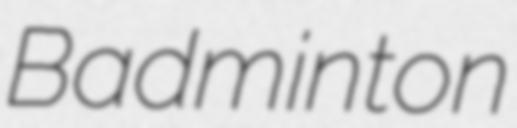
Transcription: Badminton